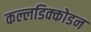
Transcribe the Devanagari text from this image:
कल्लडिक्कोडन